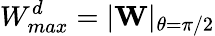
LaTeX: W_{max}^{d}=|\mathbf{W}|_{\theta=\pi/2}